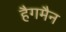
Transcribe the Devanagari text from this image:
हैगमैन